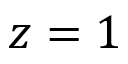
z = 1